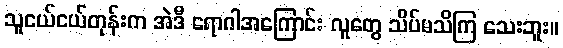
သူငယ်ငယ်တုန်းက အဲဒီ ရောဂါအကြောင်း လူတွေ သိပ်မသိကြ သေးဘူး။